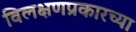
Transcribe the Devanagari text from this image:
विलक्षणप्रकारच्या